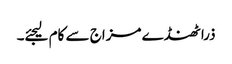
ذرا ٹھنڈے مزاج سے کام لیجئے۔